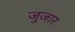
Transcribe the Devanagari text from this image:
जुजार